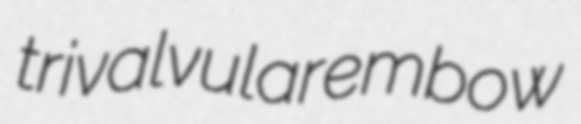
trivalvular embow